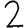
Digit: 2